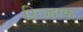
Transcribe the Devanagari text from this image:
रित्ज्हाक